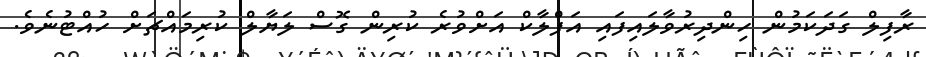
ރާފިލް ގަދަކަމުން ހިންދިރުވާލައިފައި އަފްލާކް އަށްވުރެ ކުރިން ގޮސް ލަޔާލް ކުރިމައްޗަށް ހުއްޓުނެވެ.